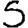
Digit: 5